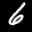
Label: 6